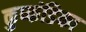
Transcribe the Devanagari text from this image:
कुष्कंडिका